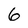
Character: 6